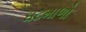
ઘટમાળો